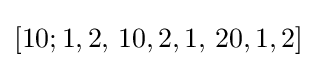
[10;1,2,\,10,2,1,\,20,1,2]